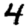
Digit: 4